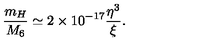
\frac { m _ { H } } { M _ { 6 } } \simeq 2 \times 1 0 ^ { - 1 7 } \frac { \eta ^ { 3 } } { \xi } .